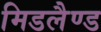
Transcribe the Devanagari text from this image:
मिडलैण्ड